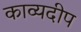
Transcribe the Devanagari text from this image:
काव्यदीप